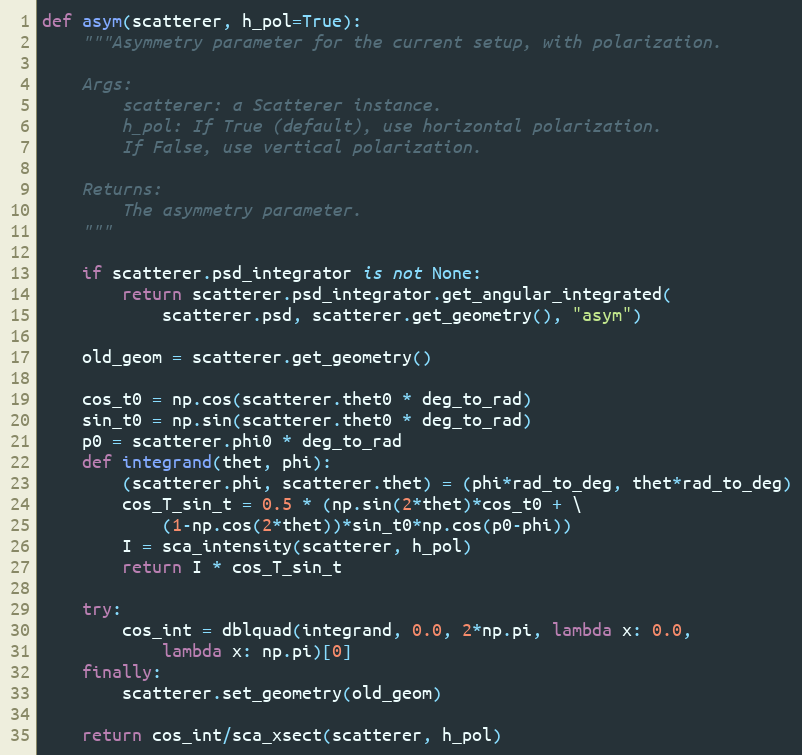
Language: Python
def asym(scatterer, h_pol=True):
    """Asymmetry parameter for the current setup, with polarization.

    Args:
        scatterer: a Scatterer instance.
        h_pol: If True (default), use horizontal polarization.
        If False, use vertical polarization.

    Returns:
        The asymmetry parameter.
    """

    if scatterer.psd_integrator is not None:
        return scatterer.psd_integrator.get_angular_integrated(
            scatterer.psd, scatterer.get_geometry(), "asym")

    old_geom = scatterer.get_geometry()

    cos_t0 = np.cos(scatterer.thet0 * deg_to_rad)
    sin_t0 = np.sin(scatterer.thet0 * deg_to_rad)
    p0 = scatterer.phi0 * deg_to_rad
    def integrand(thet, phi):
        (scatterer.phi, scatterer.thet) = (phi*rad_to_deg, thet*rad_to_deg)
        cos_T_sin_t = 0.5 * (np.sin(2*thet)*cos_t0 + \
            (1-np.cos(2*thet))*sin_t0*np.cos(p0-phi))
        I = sca_intensity(scatterer, h_pol)
        return I * cos_T_sin_t

    try:
        cos_int = dblquad(integrand, 0.0, 2*np.pi, lambda x: 0.0,
            lambda x: np.pi)[0]
    finally:
        scatterer.set_geometry(old_geom)

    return cos_int/sca_xsect(scatterer, h_pol)